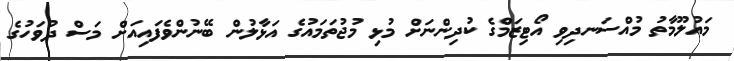
މައުލޫމާތު މުއްސަނދިވި އޯޓިޒަމްގެ ކުދިންނަށް މުޅި މުޖުތަމައުގެ އަޅާލުން ބޭނުންވެފައިއަށް މަސް ދުވަހުގެ